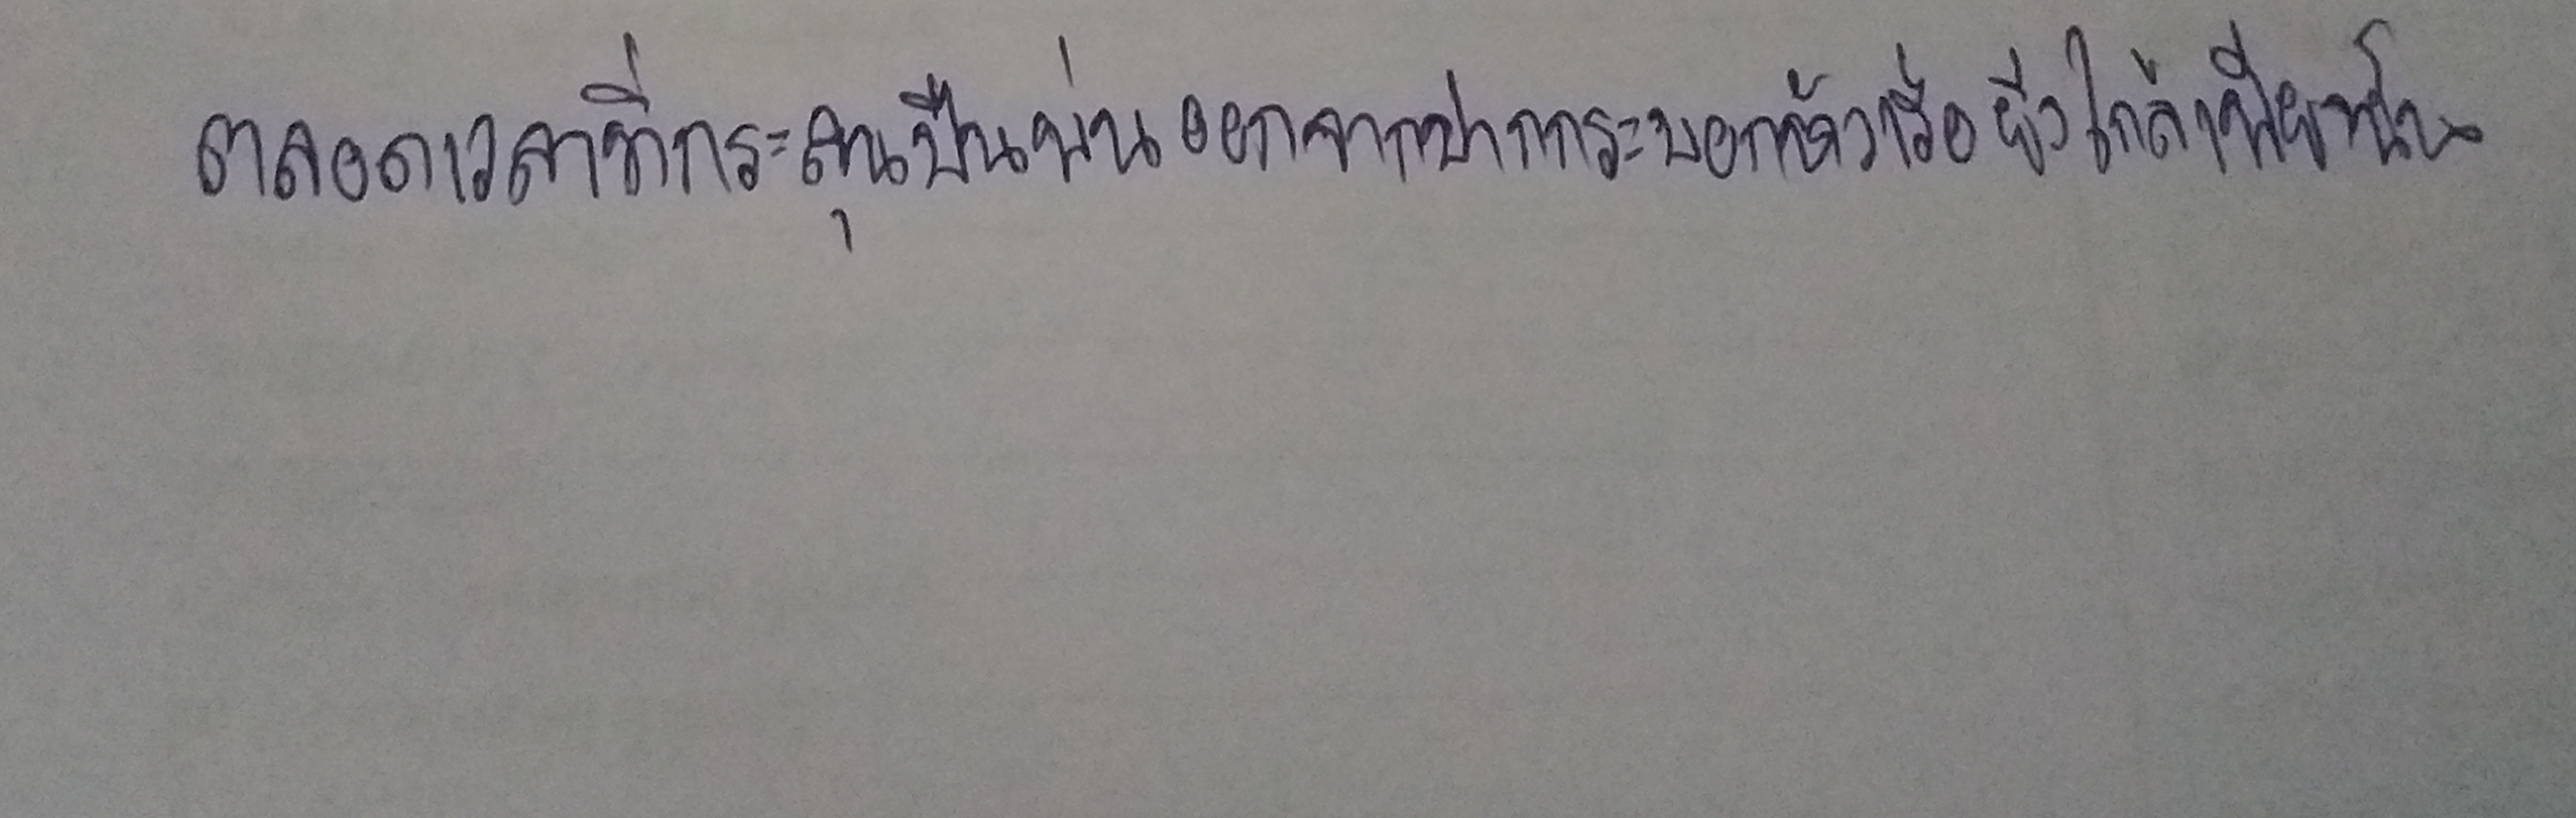
ตลอดเวลาที่กระสุนปืนพ่นออกจากปากกระบอกหัวเรือยิ่งใกล้เพียงนั้น